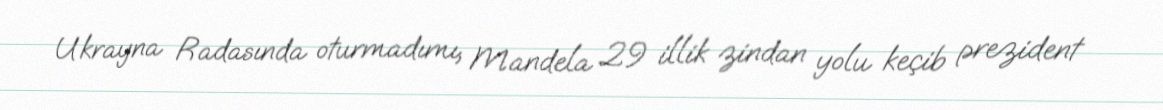
Ukrayna Radasında oturmadımı, Mandela 29 illik zindan yolu keçib prezident